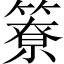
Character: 簝